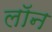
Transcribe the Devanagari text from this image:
लाॅन